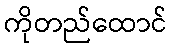
ကိုတည်ထောင်